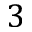
3